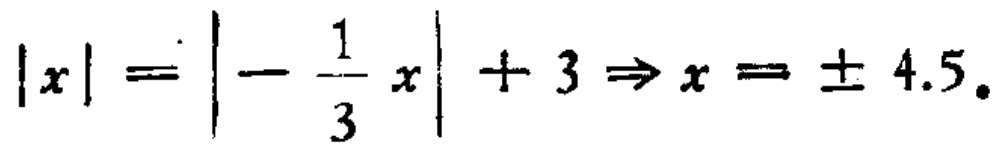
\(|x|=\left|-\frac{1}{3}x\right| + 3\Rightarrow x=\pm 4.5\)